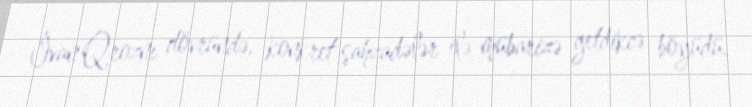
İvan Qroznı dövründə, konkret şahzadələr ilə mübarizə getdikcə böyüdü.